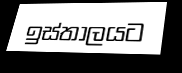
ඉස්තාලයට